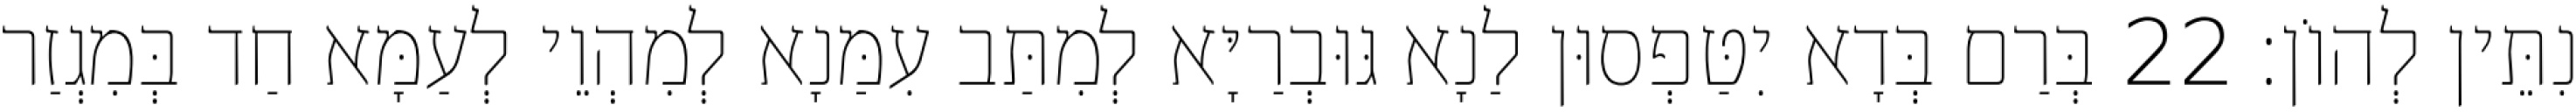
נִתֵּין לְהוֹן׃ 22 בְּרַם בְּדָא יִטַּפְסוּן לַנָא גּוּבְרַיָּא לְמִתַּב עִמַּנָא לְמִהְוֵי לְעַמָּא חַד בְּמִגְזַר